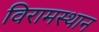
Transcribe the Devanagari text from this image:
विरामस्थान